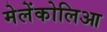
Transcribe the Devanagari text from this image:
मेलेंकोलिआ